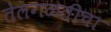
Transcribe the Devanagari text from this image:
तेलगळतीचा